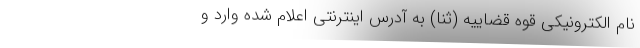
نام الکترونیکی قوه قضاییه (ثنا) به آدرس اینترنتی اعلام شده وارد و